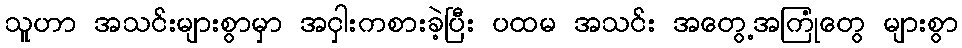
သူဟာ အသင်းများစွာမှာ အငှါးကစားခဲ့ပြီး ပထမ အသင်း အတွေ့အကြုံတွေ များစွာ